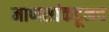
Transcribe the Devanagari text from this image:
माणसांकडूनच